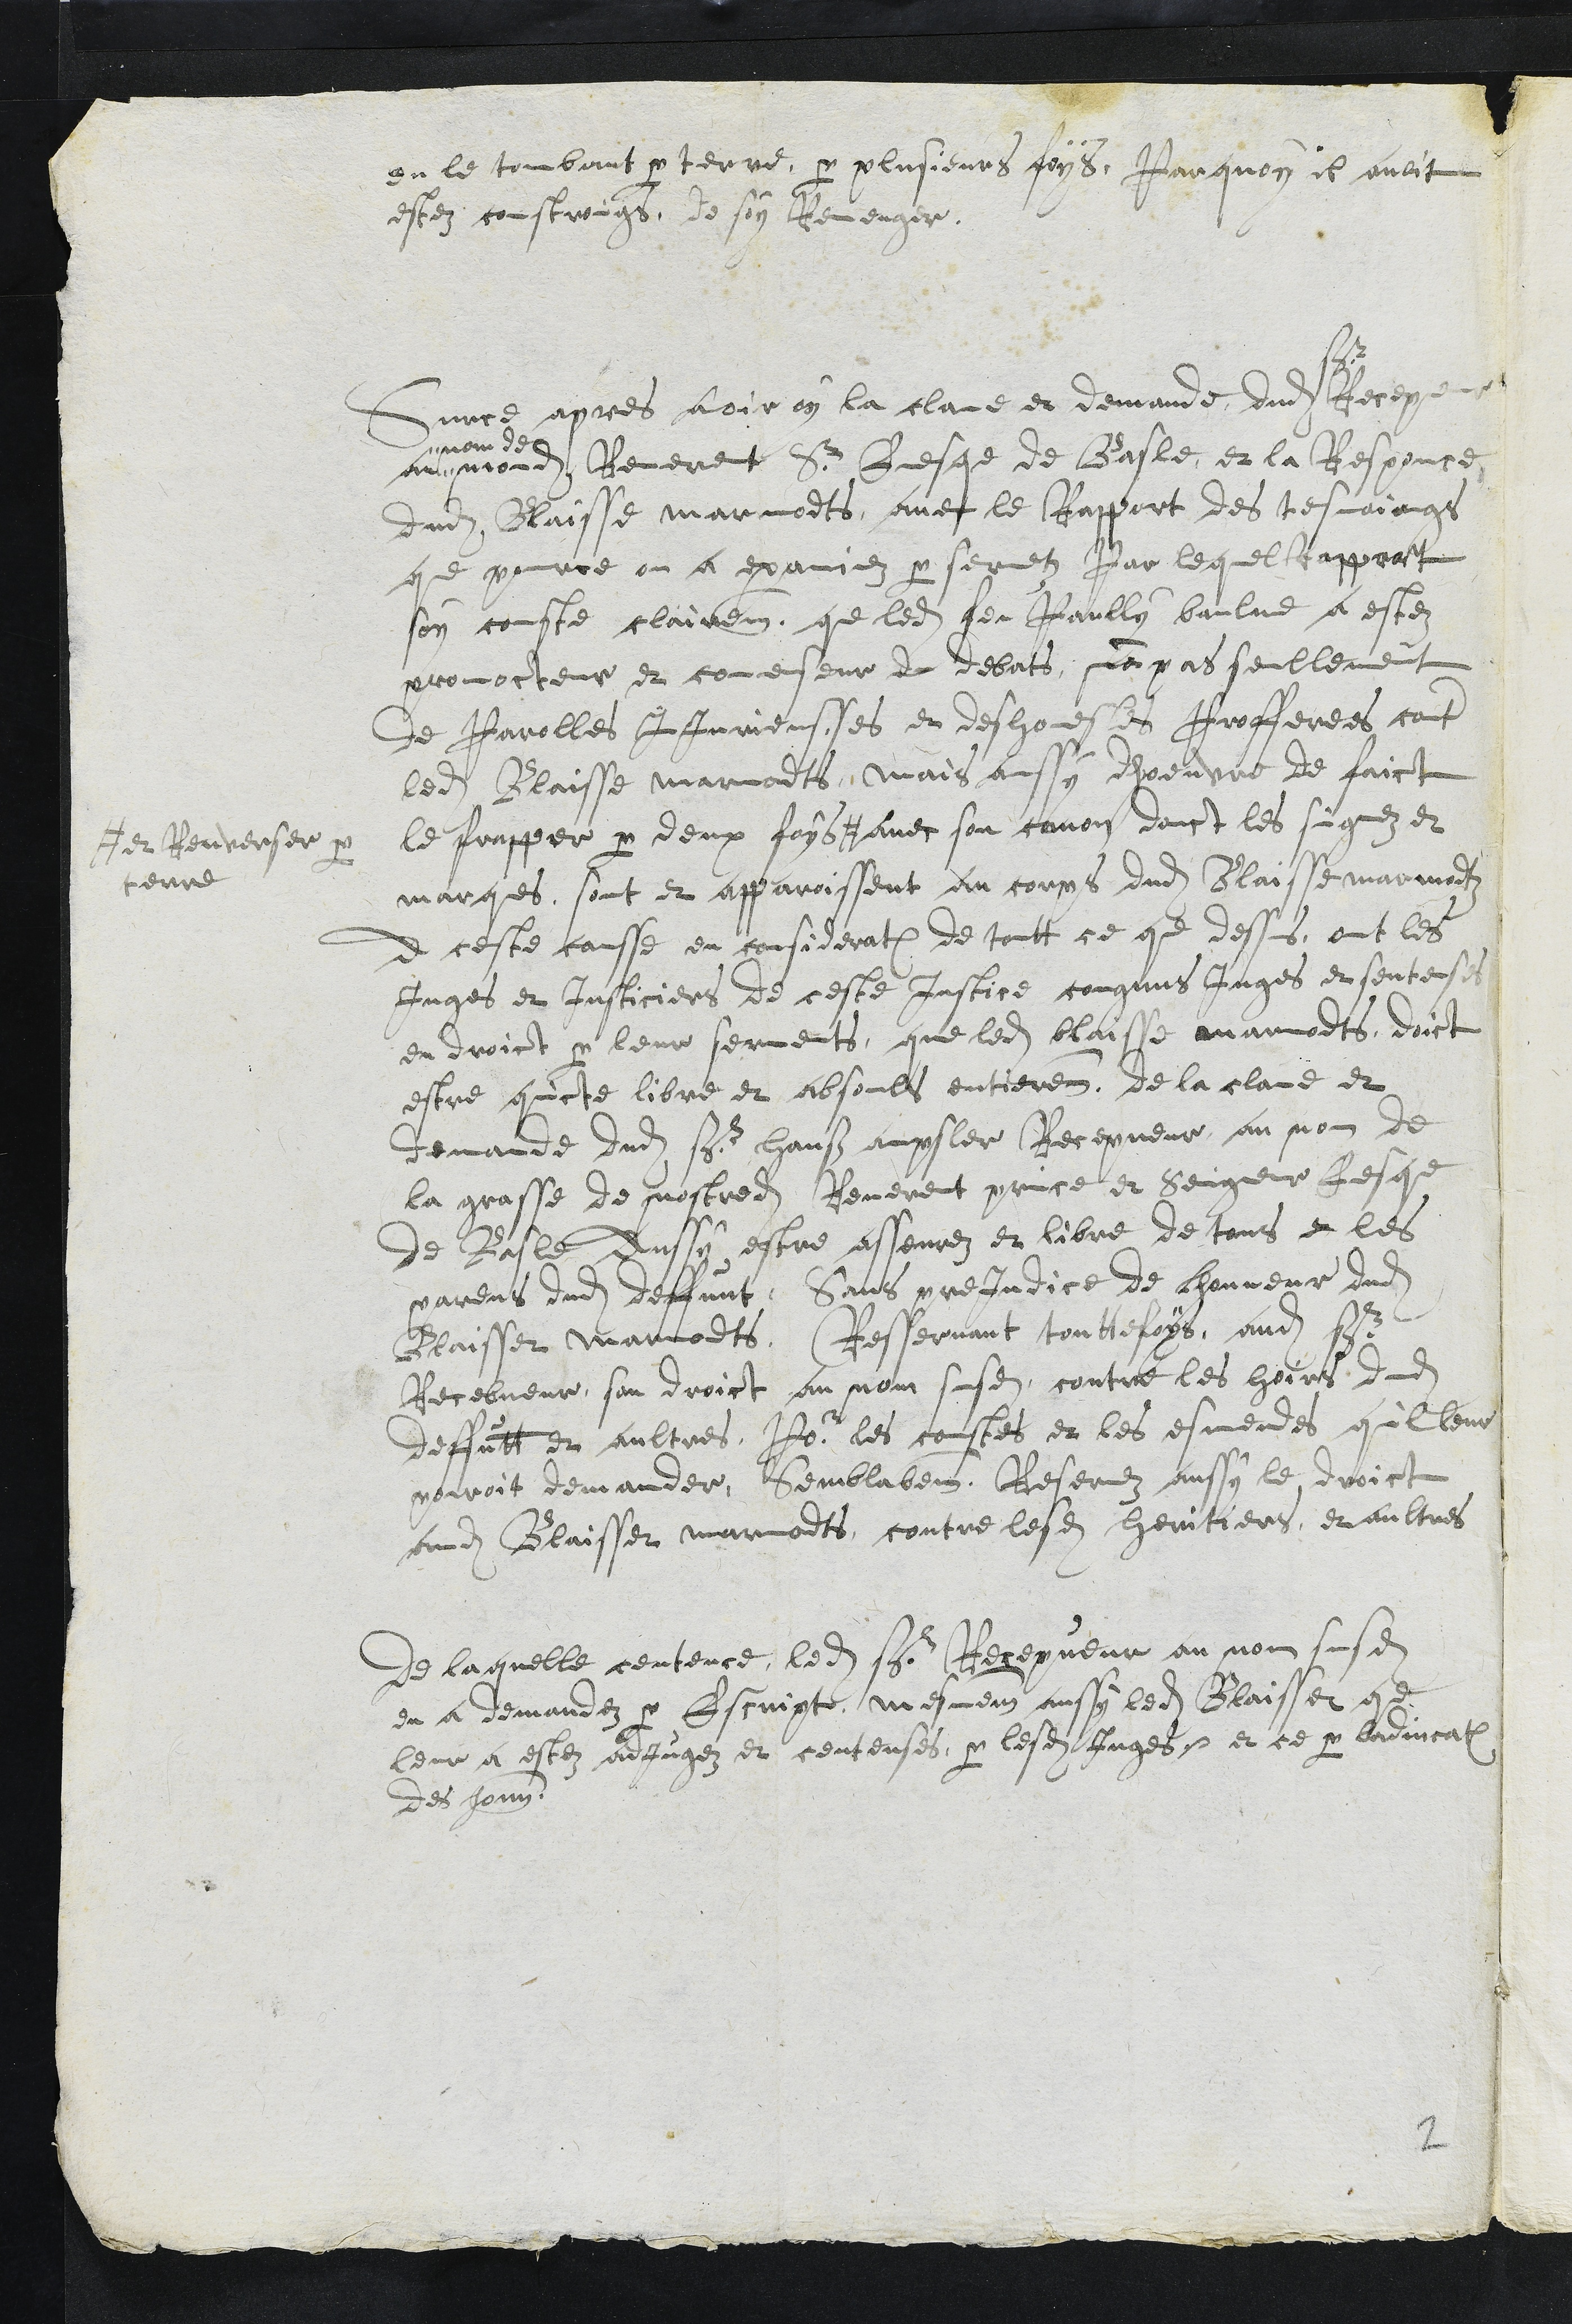
en le tombant par terre par plusieurs foys, Parquoy il avoit
estez controings, de soy Revenger.
Surce apres avoir oy la clame et demande dudit
sr
Recepveur
au
nom de
mondit Reverent Sr Evesque de Basle, et la Responce
dudit Blaisse marmodts, avec le Rapport des tesmoings
que pource on a examinez par sermentz Par lequel Rapport
soy conste clairement, que ledit feu Paully baulne a estez
promocteur et comenseur du debats, non pas seullement
de Parolles InJurieusses et deshonestes Profferees contre
ledit Blaisse marmodts, mais aussy dhoeuvre de faict
le frapper par deux foys #
# et Renverser par
terre
avec son canon dont les signez et
marques, sont et apparoissent au corps dudit Blaisse marmodts
A ceste causse en consideration de tout ce que dessus, ont les
Juges et Justiciers de ceste Justice congnus Juges et senteses
en droict par leur serments, que ledit blaisse marmodts doict
estre quicte libre et absouls entierement de la clame et
demande dudit Sr Hanß ampsler Recepveur au nom de
la grasse de nostredit Reverent prince et Seigneur Evesque
de Basle Aussy estre asseurez et libre de tous et les
parens dudit deffunt, Sans preJudice de lhonneur dudit
Blaisset marmodts, Resservant touttefoys, audit sr
Receveur son droict au nom susdit contre les hoirs dudit
deffuntt et aultres, Pour les coustes et les esmendes quil leur
pouroit demander, Semblabement, Reservez aussy le droict
audit Blaisset marmodts, contre lesdits heritiers, et aultres
De laquelle centence, ledit sr Recepveur au nom susdit
en a demandez par Escript, mesmement aussy ledit Blaisset que
leur a estez adjugez et centenses, par lesdits Juges, et ce par ladjucation
des honnorables
2